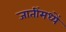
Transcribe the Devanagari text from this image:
जातींमध्यें